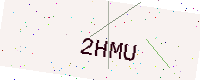
Text: 2HMU